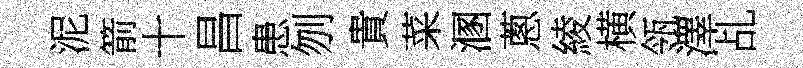
泥箭十昌患刎貴菜溷蔥綾横瓴澤乩